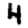
Digit: 4